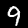
Digit: 9